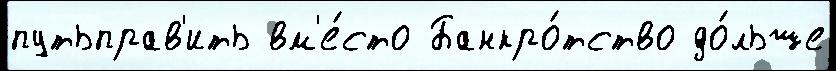
путьправ'ить вм'е́сто Банкро́тство до́льше